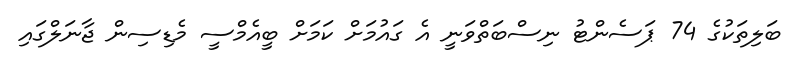
ބަލިތަކުގެ 74 ޕަސެންޓު ނިސްބަތްވަނީ އެ ގައުމަށް ކަމަށް ބީއެމްސީ މެޑިސިން ޖާނަލްގައި